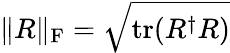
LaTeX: \| R\| _{\mathrm{F}}=\sqrt{\mathrm{tr}(R^{\dagger}R)}